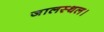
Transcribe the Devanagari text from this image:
जालस्थल।